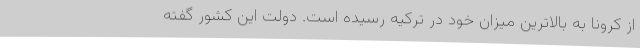
از کرونا به بالاترین میزان خود در ترکیه رسیده است. دولت این کشور گفته